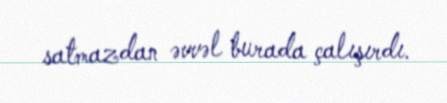
satmazdan əvvəl burada çalışırdı.